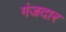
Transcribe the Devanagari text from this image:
गंजदार